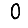
Digit: 0